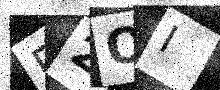
Text: R2OI